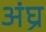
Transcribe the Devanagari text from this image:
अंघ्र